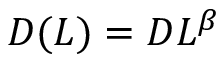
\begin{array} { r } { D ( L ) = D L ^ { \beta } } \end{array}